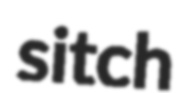
sitch